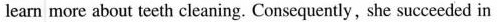
learn more about teeth cleaning. Consequently, she succeeded in